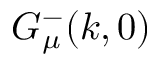
G _ { \mu } ^ { - } ( k , 0 )